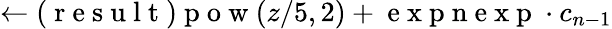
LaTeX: \leftarrow(\mathrm{~r~e~s~u~l~t~})\mathrm{~p~o~w~}(z/5,2)+\mathrm{~e~x~p~n~e~x~p~}\cdot c_{n-1}